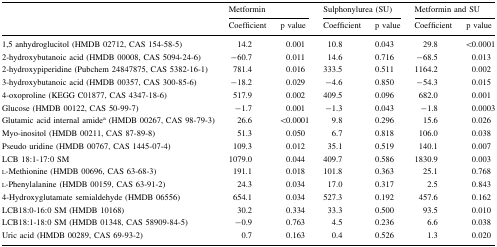
<table><thead><tr><td rowspan="2"></td><td colspan="2"><b>Metformin</b></td><td colspan="2"><b>Sulphonylurea (SU)</b></td><td colspan="2"><b>Metformin and SU</b></td></tr><tr><td><b>Coefficient</b></td><td><b>p value</b></td><td><b>Coefficient</b></td><td><b>p value</b></td><td><b>Coefficient</b></td><td><b>p value</b></td></tr></thead><tbody><tr><td>1,5 anhydroglucitol (HMDB 02712, CAS 154-58-5)</td><td>14.2</td><td>0.001</td><td>10.8</td><td>0.043</td><td>29.8</td><td>&lt;0.0001</td></tr><tr><td>2-hydroxybutanoic acid (HMDB 00008, CAS 5094-24-6)</td><td>−60.7</td><td>0.011</td><td>14.6</td><td>0.716</td><td>−68.5</td><td>0.013</td></tr><tr><td>2-hydroxypiperidine (Pubchem 24847875, CAS 5382-16-1)</td><td>781.4</td><td>0.016</td><td>333.5</td><td>0.511</td><td>1164.2</td><td>0.002</td></tr><tr><td>3-hydroxybutanoic acid (HMDB 00357, CAS 300-85-6)</td><td>−18.2</td><td>0.029</td><td>−4.6</td><td>0.850</td><td>−54.3</td><td>0.015</td></tr><tr><td>4-oxoproline (KEGG C01877, CAS 4347-18-6)</td><td>517.9</td><td>0.002</td><td>409.5</td><td>0.096</td><td>682.0</td><td>0.001</td></tr><tr><td>Glucose (HMDB 00122, CAS 50-99-7)</td><td>−1.7</td><td>0.001</td><td>−1.3</td><td>0.043</td><td>−1.8</td><td>0.0003</td></tr><tr><td>Glutamic acid internal amide<sup>a</sup> (HMDB 00267, CAS 98-79-3)</td><td>26.6</td><td>&lt;0.0001</td><td>9.8</td><td>0.296</td><td>15.6</td><td>0.026</td></tr><tr><td>Myo-inositol (HMDB 00211, CAS 87-89-8)</td><td>51.3</td><td>0.050</td><td>6.7</td><td>0.818</td><td>106.0</td><td>0.038</td></tr><tr><td>Pseudo uridine (HMDB 00767, CAS 1445-07-4)</td><td>109.3</td><td>0.012</td><td>35.1</td><td>0.519</td><td>140.1</td><td>0.007</td></tr><tr><td>LCB 18:1-17:0 SM</td><td>1079.0</td><td>0.044</td><td>409.7</td><td>0.586</td><td>1830.9</td><td>0.003</td></tr><tr><td>l-Methionine (HMDB 00696, CAS 63-68-3)</td><td>191.1</td><td>0.018</td><td>101.8</td><td>0.363</td><td>25.1</td><td>0.768</td></tr><tr><td>l-Phenylalanine (HMDB 00159, CAS 63-91-2)</td><td>24.3</td><td>0.034</td><td>17.0</td><td>0.317</td><td>2.5</td><td>0.843</td></tr><tr><td>4-Hydroxyglutamate semialdehyde (HMDB 06556)</td><td>654.1</td><td>0.034</td><td>527.3</td><td>0.192</td><td>457.6</td><td>0.162</td></tr><tr><td>LCB18:0-16:0 SM (HMDB 10168)</td><td>30.2</td><td>0.334</td><td>33.3</td><td>0.500</td><td>93.5</td><td>0.010</td></tr><tr><td>LCB18:1-18:0 SM (HMDB 01348, CAS 58909-84-5)</td><td>−0.9</td><td>0.763</td><td>4.5</td><td>0.236</td><td>6.6</td><td>0.038</td></tr><tr><td>Uric acid (HMDB 00289, CAS 69-93-2)</td><td>0.7</td><td>0.163</td><td>0.4</td><td>0.526</td><td>1.3</td><td>0.020</td></tr></tbody></table>